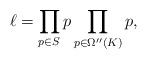
LaTeX: \begin{align*}\ell = \prod_{p\in S_{}}p\prod_{p\in\Omega''(K)}p,\end{align*}